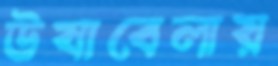
উষাবেলায়